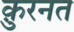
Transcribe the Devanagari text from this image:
क़ुरनत